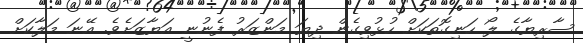
ސާރިޔާގެ ލޯ ހަނިގޮތަކަށް ހުޅުވިގެން ދިޔަ މަންޒަރު ފެނުނީ އަޔާޒަށެވެ. އޭނަ މަލާކަށް